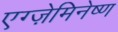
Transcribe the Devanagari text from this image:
एग्ज़ेमिनेष्ण